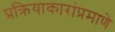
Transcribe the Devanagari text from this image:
प्रक्रियाकारांप्रमाणे